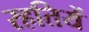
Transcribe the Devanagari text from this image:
रहतियें